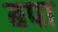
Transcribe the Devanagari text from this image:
बपा